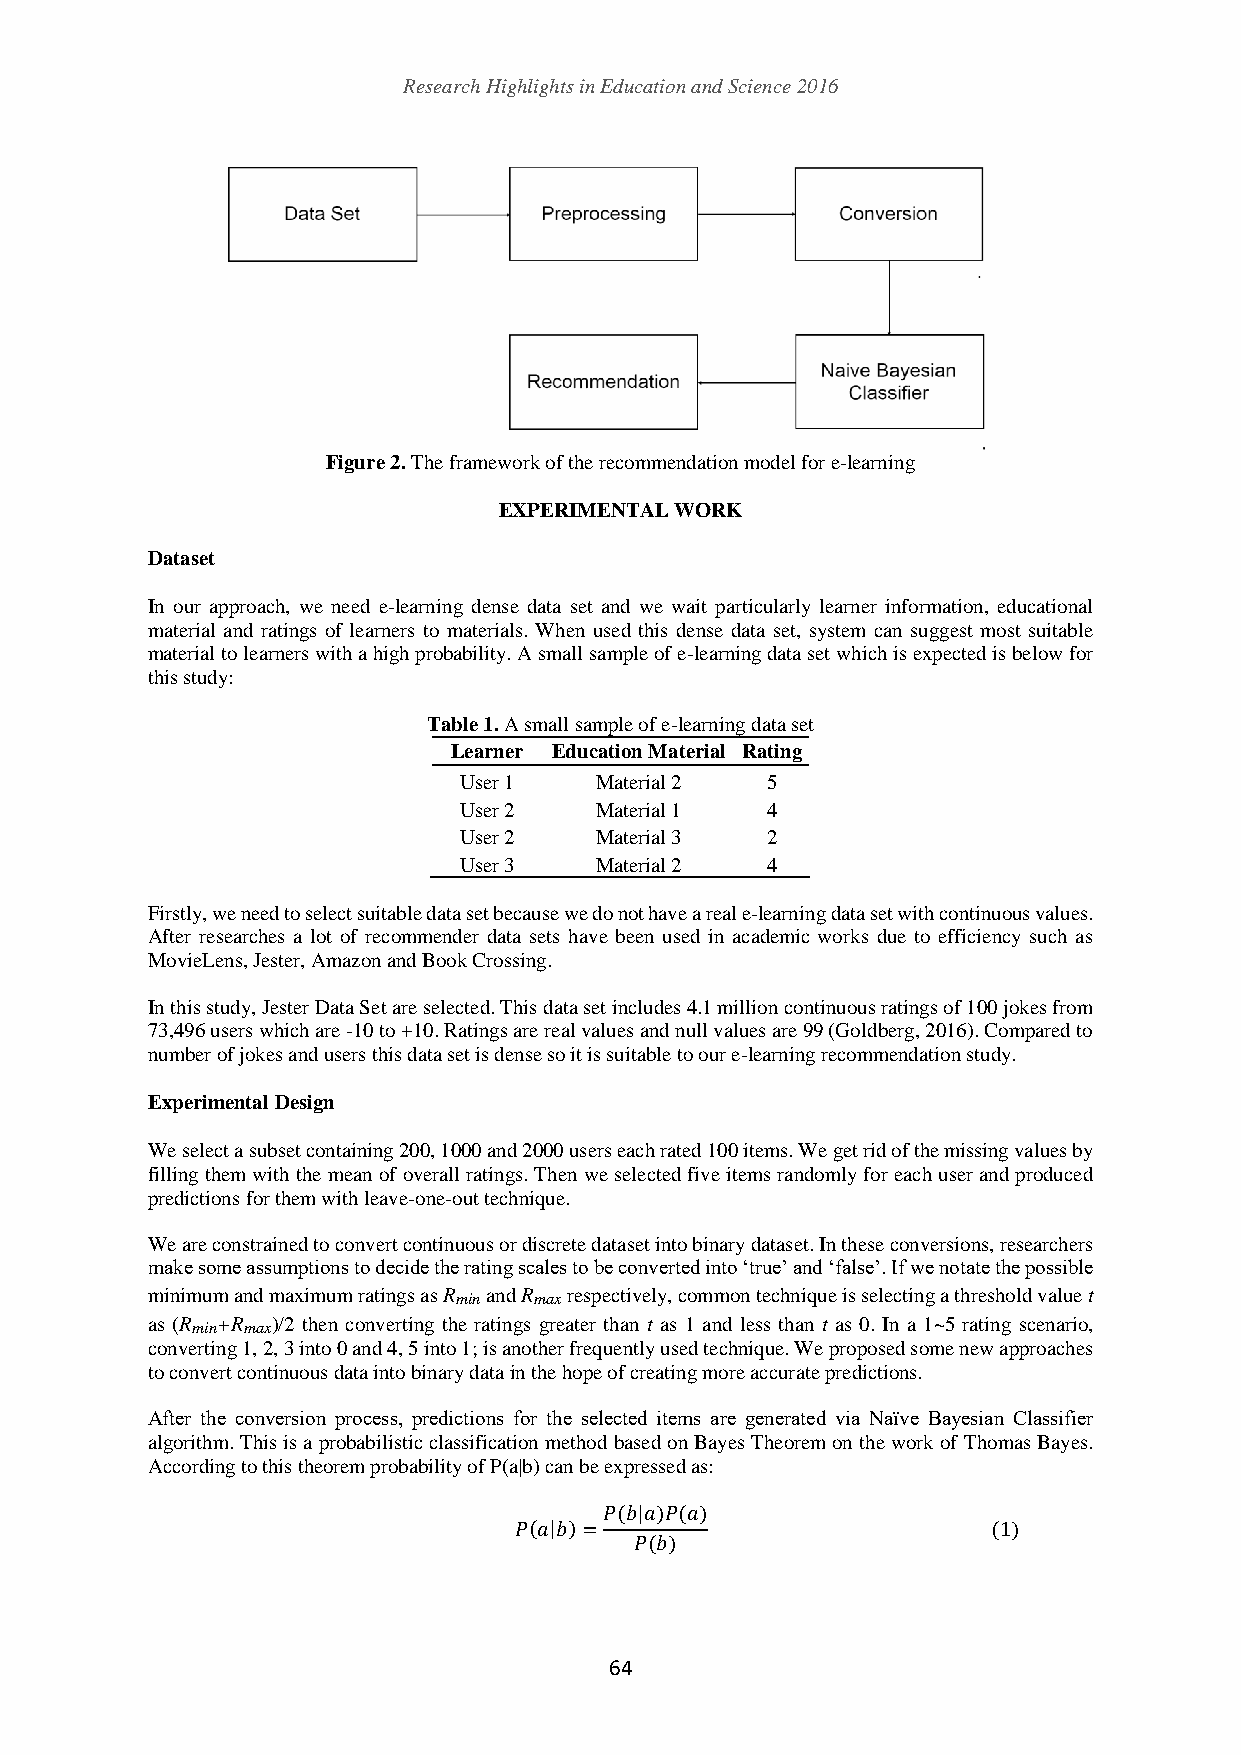
Research Highlights in Education and Science 2016
 Figure 2. The framework of the recommendation model for e-learning
 EXPERIMENTAL WORK
 Dataset
 In our approach, we need e-learning dense data set and we wait particularly learner information, educational
 material and ratings of learners to materials. When used this dense data set, system can suggest most suitable
 material to learners with a high probability. A small sample of e-learning data set which is expected is below for
 this study:
 Table 1. A small sample of e-learning data set
 Learner Education Material Rating
 User 1   Material 2  5
 User 2   Material 1  4
 User 2   Material 3  2
 User 3   Material 2  4
 Firstly, we need to select suitable data set because we do not have a real e-learning data set with continuous values.
 After researches a lot of recommender data sets have been used in academic works due to efficiency such as
 MovieLens, Jester, Amazon and Book Crossing.
 In this study, Jester Data Set are selected. This data set includes 4.1 million continuous ratings of 100 jokes from
 73,496 users which are -10 to +10. Ratings are real values and null values are 99 (Goldberg, 2016). Compared to
 number of jokes and users this data set is dense so it is suitable to our e-learning recommendation study.
 Experimental Design
 We select a subset containing 200, 1000 and 2000 users each rated 100 items. We get rid of the missing values by
 filling them with the mean of overall ratings. Then we selected five items randomly for each user and produced
 predictions for them with leave-one-out technique.
 We are constrained to convert continuous or discrete dataset into binary dataset. In these conversions, researchers
 make some assumptions to decide the rating scales to be converted into ‘true’ and ‘false’. If we notate the possible
 minimum and maximum ratings as Rmin and Rmax respectively, common technique is selecting a threshold value t
 as (Rmin+Rmax)/2 then converting the ratings greater than t as 1 and less than t as 0. In a 1~5 rating scenario,
 converting 1, 2, 3 into 0 and 4, 5 into 1; is another frequently used technique. We proposed some new approaches
 to convert continuous data into binary data in the hope of creating more accurate predictions.
 After the conversion process, predictions for the selected items are generated via Naïve Bayesian Classifier
 algorithm. This is a probabilistic classification method based on Bayes Theorem on the work of Thomas Bayes.
 According to this theorem probability of P(a|b) can be expressed as:
 𝑃(𝑏|𝑎)𝑃(𝑎)
 𝑃(𝑎|𝑏)=                         (1)
 𝑃(𝑏)
 64